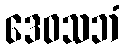
ဒေဝသဘံ